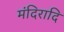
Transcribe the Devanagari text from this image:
मंदिरादि